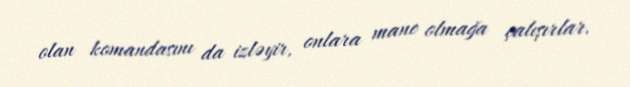
olan komandasını da izləyir, onlara mane olmağa çalışırlar.